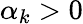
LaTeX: \alpha_{k}>0